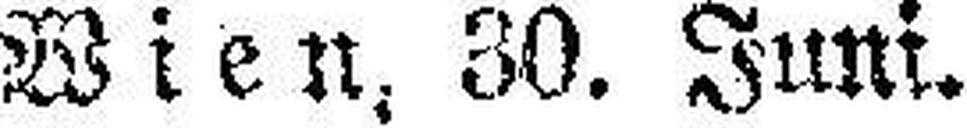
Wien, 30. Juni.